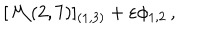
LaTeX: [ { \cal M } ( 2 , 7 ) ] _ { ( 1 , 3 ) } + \varepsilon \phi _ { 1 , 2 } \, ,